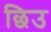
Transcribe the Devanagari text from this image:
छिउ